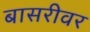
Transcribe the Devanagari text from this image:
बासरीवर